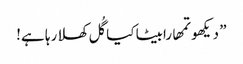
” دیکھو تمھارابیٹا کیا گُل کھلا رہا ہے!